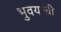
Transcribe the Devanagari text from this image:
भुवयाची